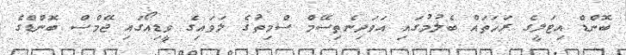
ބޮންޑް އިޓަލީގެ ރަހަތައް ބެލުމުގައި އަވަދިނެތިސޭމް ސްމިތުގެ ލަވައިގެ ވީޑިއޯގައި ޖޭމްސް ބޮންޑްގެ